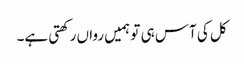
کل کی آس ہی تو ہمیں رواں رکھتی ہے۔